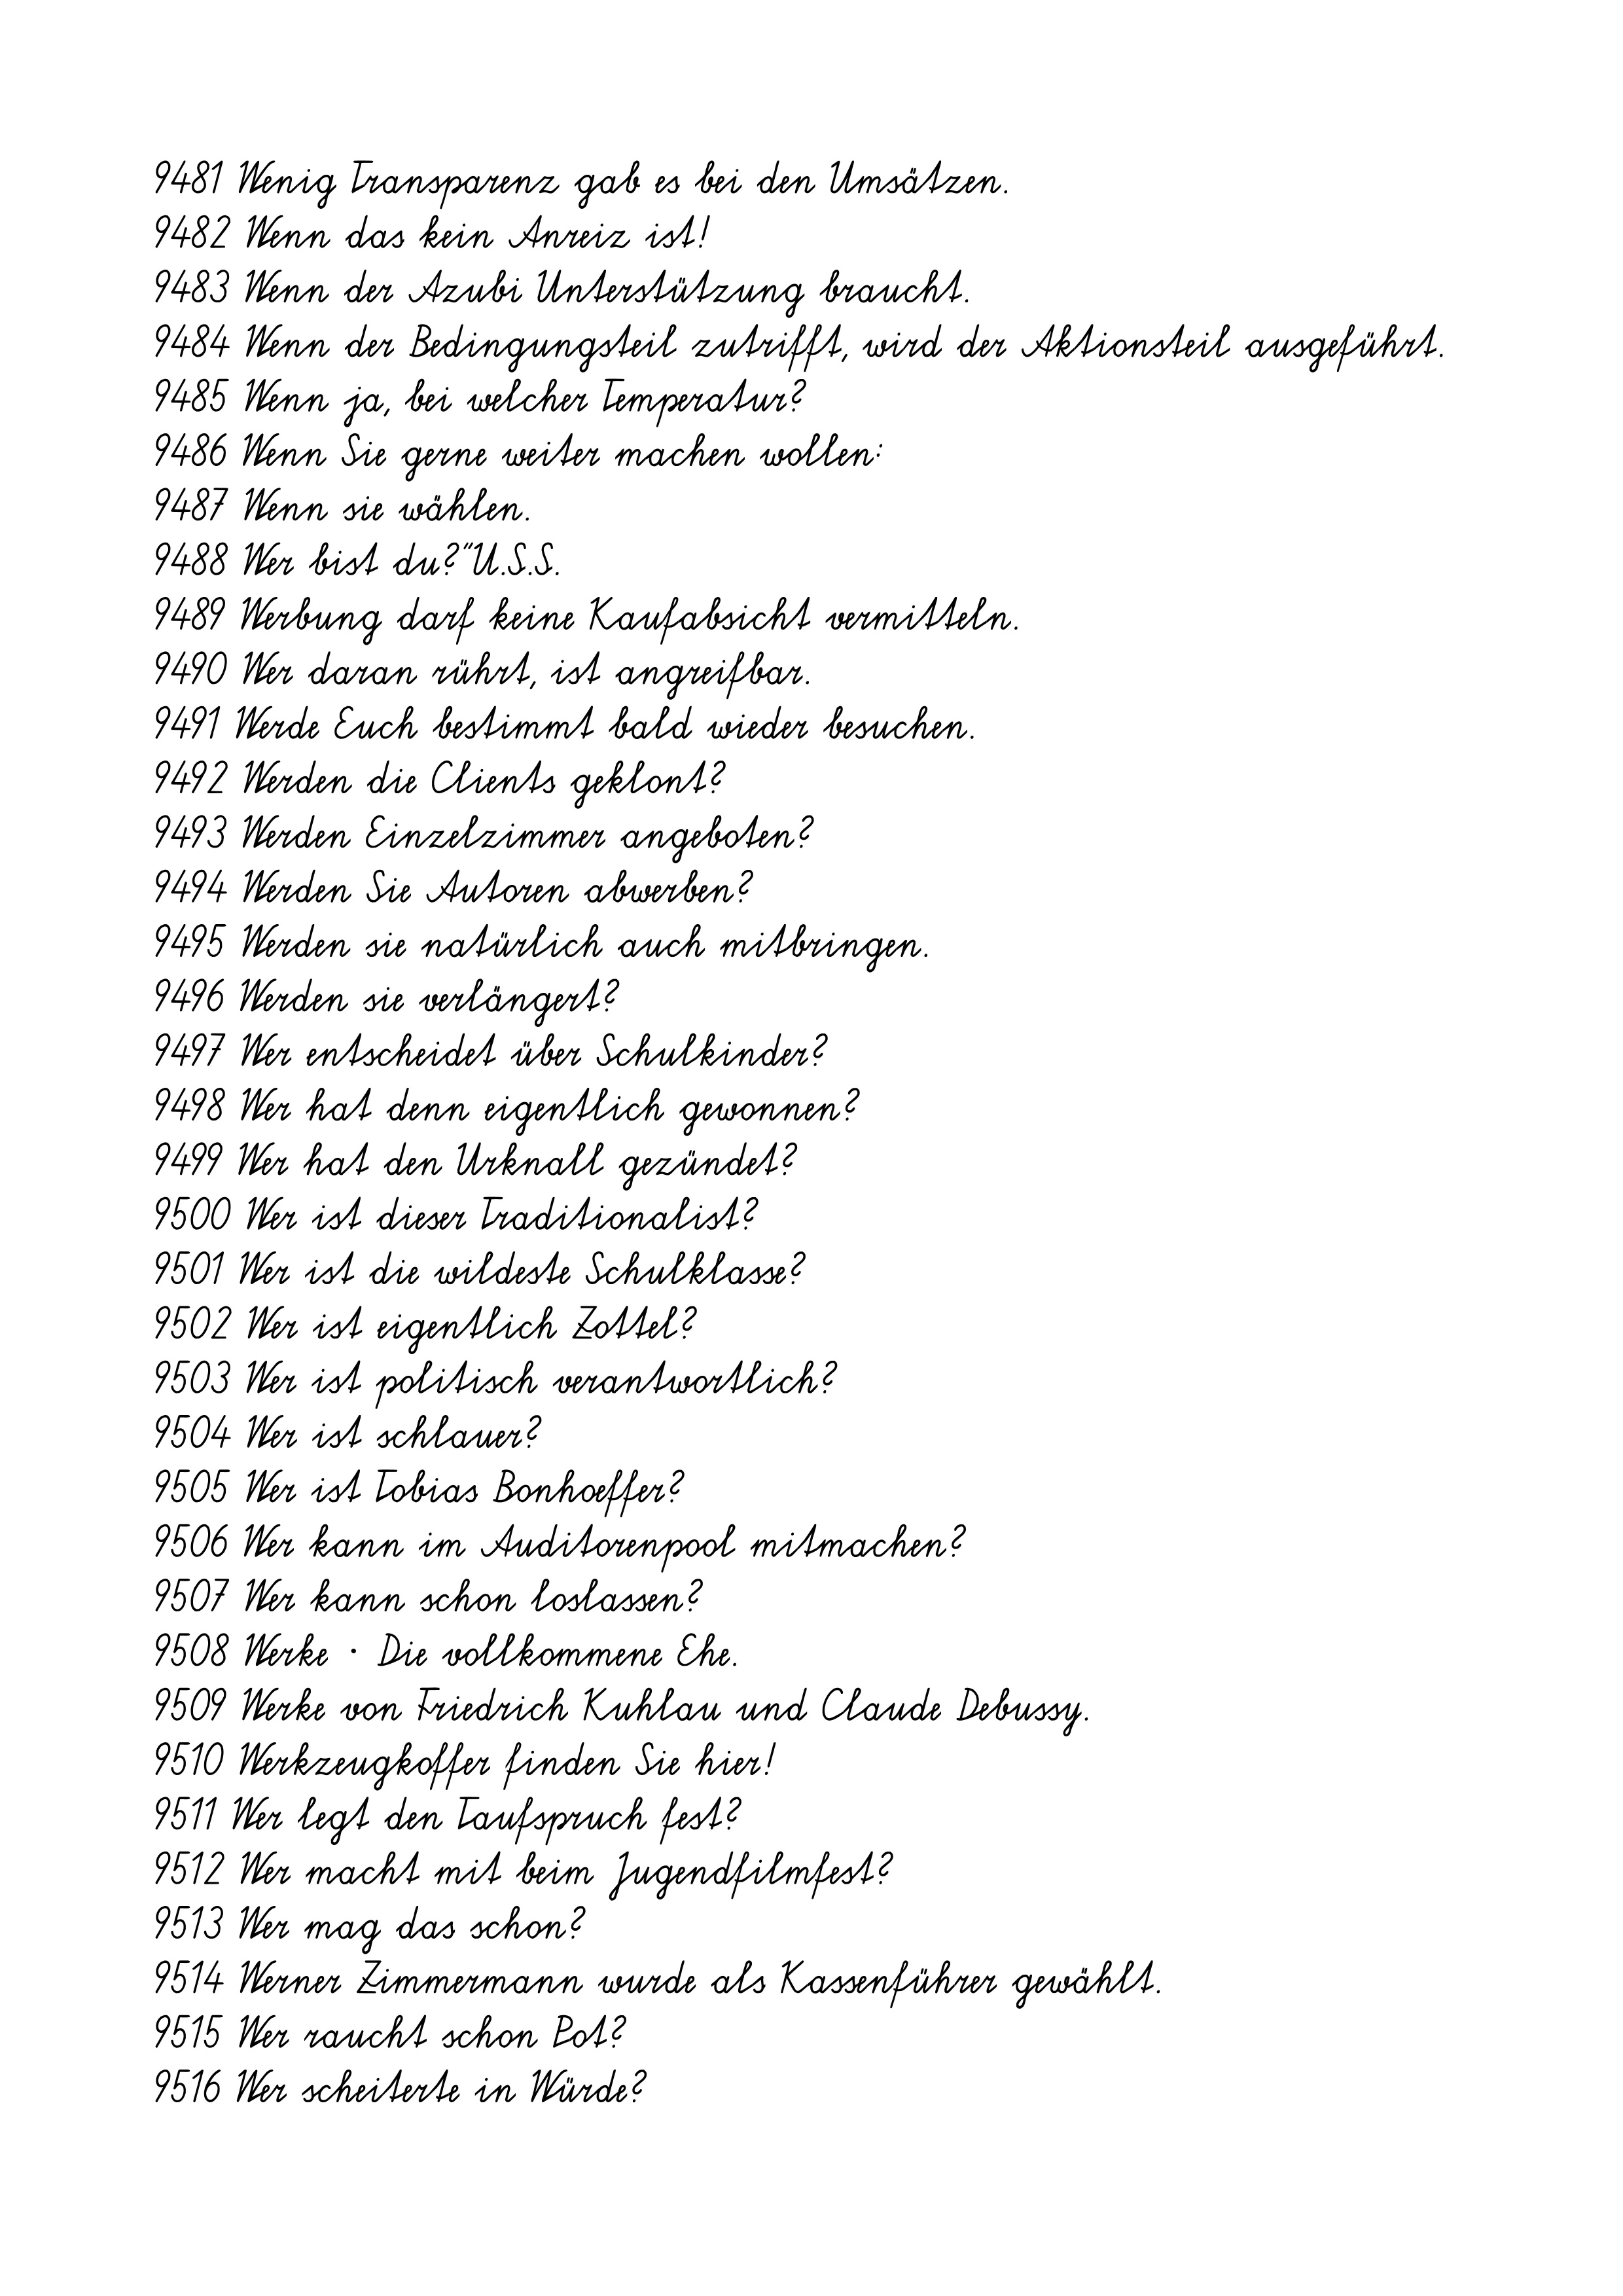
9481 Wenig Transparenz gab es bei den Umsätzen.
9482 Wenn das kein Anreiz ist!
9483 Wenn der Azubi Unterstützung braucht.
9484 Wenn der Bedingungsteil zutrifft, wird der Aktionsteil ausgeführt.
9485 Wenn ja, bei welcher Temperatur?
9486 Wenn Sie gerne weiter machen wollen:
9487 Wenn sie wählen.
9488 Wer bist du?"U.S.S.
9489 Werbung darf keine Kaufabsicht vermitteln.
9490 Wer daran rührt, ist angreifbar.
9491 Werde Euch bestimmt bald wieder besuchen.
9492 Werden die Clients geklont?
9493 Werden Einzelzimmer angeboten?
9494 Werden Sie Autoren abwerben?
9495 Werden sie natürlich auch mitbringen.
9496 Werden sie verlängert?
9497 Wer entscheidet über Schulkinder?
9498 Wer hat denn eigentlich gewonnen?
9499 Wer hat den Urknall gezündet?
9500 Wer ist dieser Traditionalist?
9501 Wer ist die wildeste Schulklasse?
9502 Wer ist eigentlich Zottel?
9503 Wer ist politisch verantwortlich?
9504 Wer ist schlauer?
9505 Wer ist Tobias Bonhoeffer?
9506 Wer kann im Auditorenpool mitmachen?
9507 Wer kann schon loslassen?
9508 Werke * Die vollkommene Ehe.
9509 Werke von Friedrich Kuhlau und Claude Debussy.
9510 Werkzeugkoffer finden Sie hier!
9511 Wer legt den Taufspruch fest?
9512 Wer macht mit beim Jugendfilmfest?
9513 Wer mag das schon?
9514 Werner Zimmermann wurde als Kassenführer gewählt.
9515 Wer raucht schon Pot?
9516 Wer scheiterte in Würde?